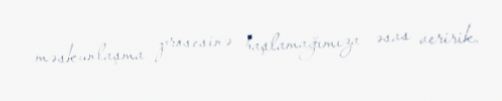
məskunlaşma prosesinə başlamağımıza əsas veririk.